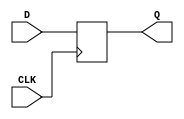
module techlib_dff (CLK, D, Q);
parameter WIDTH = 0;
parameter CLK_POLARITY = 1'b1;
input CLK;
input [WIDTH-1:0] D;
output reg [WIDTH-1:0] Q;
wire pos_clk = CLK == CLK_POLARITY;
always @(posedge pos_clk) begin
	Q <= D;
end
endmodule